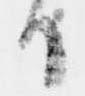
日